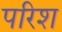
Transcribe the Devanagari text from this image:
परिश